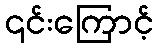
၎င်းကြောင့်